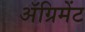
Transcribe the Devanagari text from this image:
अॅग्रिमेंट